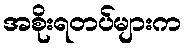
အစိုးရတပ်များက